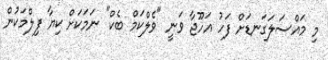
މި މައްސަލަގަނޑަށް ފަހު އަހޫޖާ ވަނީ "ވެލްކަމް ބެކް" ނަމަކަށް ކިޔާ ފިލްމަކުން